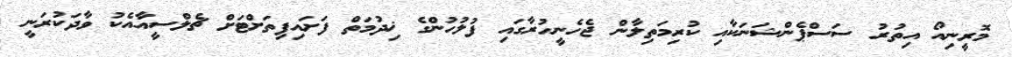
މޮރީނިއޯ އިތުރު ސަސްޕެންޝަނަކާއި ކުރިމަތިލާން ޖެހެނީހުރާގައި ފުލުހުންގެ ޚިދުމަތް ފަށައިފިތަށްޓަށް ޗެލްސީއާއެކު ވާދަކުރަނީ